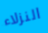
النزلاء